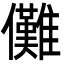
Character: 儺